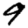
Digit: 9